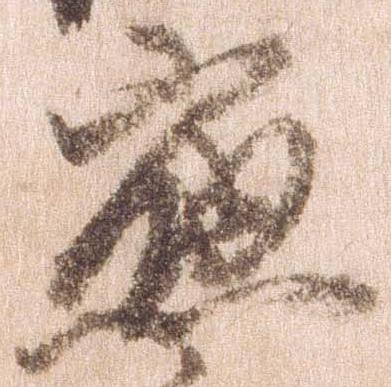
応